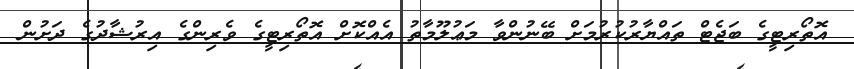
އޮތޯރިޓީގެ ބަޖެޓް ތައްޔާރުކުރުމަށް ބޭނުންވާ މަޢުލޫމާތު އެއްކޮށް އޮތޯރިޓީގެ ވެރިންގެ އިރުޝާދުގެ ދަށުން